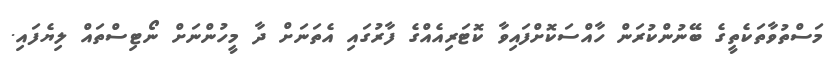
މަސްތުވާތަކެތީގެ ބޭނުންކުރަން ހާއްސަކޮށްފައިވާ ކޮޓަރިއެއްގެ ފާރުގައި އެތަނަށް ދާ މީހުންނަށް ނޯޓިސްތައް ލިޔެފައި.